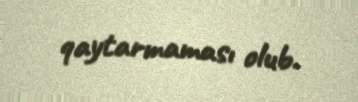
qaytarmaması olub.